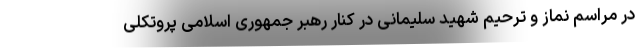
در مراسم نماز و ترحیم شهید سلیمانی در کنار رهبر جمهوری اسلامی پروتکلی